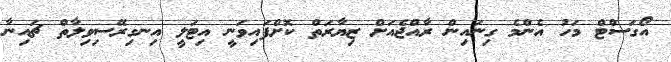
އޯގަސްޓް މަހު އެންމެ ގިނައިން ރާއްޖެއަށް ޒިޔާރަތް ކޮށްފައިވަނީ އިޓަލީ އިނގިރޭސިވިލާތް ޗައިނާ